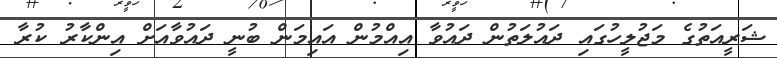
ޝަރީއަތުގެ މަޖުލީހުގައި ދައުލަތުން ދައުވާ އިއްމުން އައިމަން ބުނީ ދައުވާއަށް އިންކާރު ކުރާ